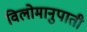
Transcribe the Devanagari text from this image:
विलोमानुपाती